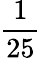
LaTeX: \frac{1}{25}